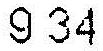
9.34